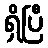
ရှိပြီ